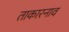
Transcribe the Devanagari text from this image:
ताकारनाव